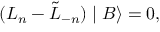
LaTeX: ( L _ { n } - \tilde { L } _ { - n } ) \mid B \rangle = 0 ,